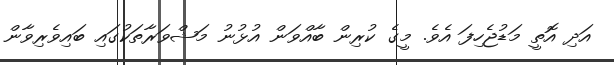
އަދި އޮތީ މަޑުޖެހިފަ އެވެ. މީގެ ކުރިން ބާއްވަން އުޅުނު މަޝްވަރާތަކުގައި ބައިވެރިވާން